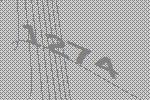
1274